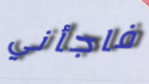
فاجأني